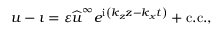
\boldsymbol { u } - \boldsymbol { \imath } = \varepsilon \widehat { \boldsymbol { u } } ^ { \infty } e ^ { \mathrm { i } \left( k _ { z } z - k _ { x } t \right) } + \mathrm { c . c . } ,